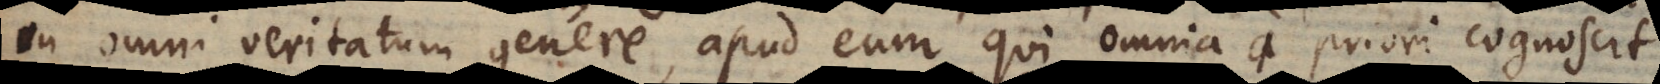
in omni veritatum genere, apud eum qui omnia a priori cognoscit.